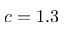
c = 1 . 3